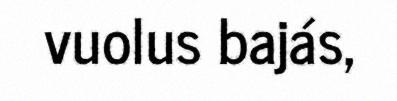
vuolus bajás,